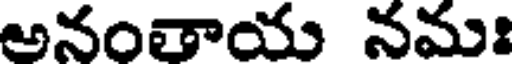
అనంతాయ నమః